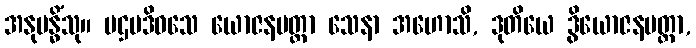
အနုဗန္ဓိံသု။ ပဌမဒိဝသေ ယောဇနမတ္တာ သေနာ အဟောသိ, ဒုတိယေ ဒွိယောဇနမတ္တာ,